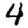
Digit: 4